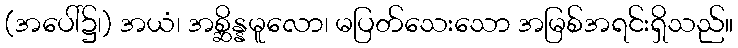
(အပေါ်၌၊) အယံ၊ အစ္ဆိန္နမူလော၊ မပြတ်သေးသော အမြစ်အရင်းရှိသည်။